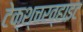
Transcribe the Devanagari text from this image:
टेक्श्चरव्हाइट